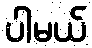
ပါမယ်